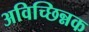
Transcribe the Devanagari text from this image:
अविच्छिन्नक